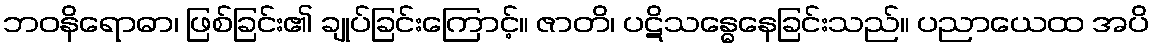
ဘဝနိရောဓာ၊ ဖြစ်ခြင်း၏ ချုပ်ခြင်းကြောင့်။ ဇာတိ၊ ပဋိသန္ဓေနေခြင်းသည်။ ပညာယေထ အပိ